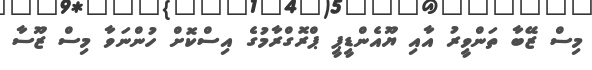
މިސް ޒޭބާ ތަންވީރު އާއި ޔޫއެންޑީޕީ ޕްރޮގްރާމުގެ އިސްކޮށް ހުންނަވާ މިސް ޒޫސާ